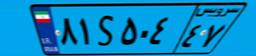
۸۱S۵۰۴۴۷